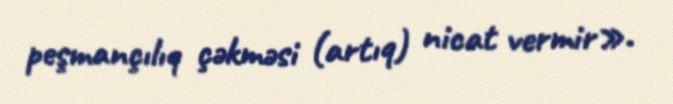
peşmançılıq çəkməsi (artıq) nicat vermir».